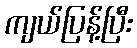
ကျယ်ပြန့်ပြီး